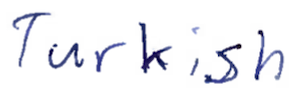
Text: Turkish
Cross-out: clean
Writing tool: ballpoint